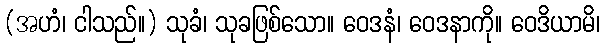
(အဟံ၊ ငါသည်။) သုခံ၊ သုခဖြစ်သော။ ဝေဒနံ၊ ဝေဒနာကို။ ဝေဒိယာမိ၊